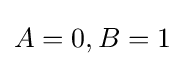
A=0,B=1